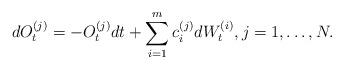
LaTeX: \begin{align*}dO_t^{(j)}=-O_t^{(j)}dt+\sum\limits_{i=1}^mc_i^{(j)}dW_t^{(i)},j=1,\dots ,N.\end{align*}